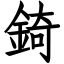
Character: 錡